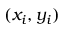
( x _ { i } , y _ { i } )